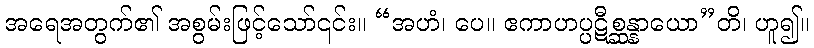
အရေအတွက်၏ အစွမ်းဖြင့်သော်၎င်း။ “အဟံ၊ ပေ။ ဧကာဟပ္ပဋီစ္ဆန္နာယော”တိ၊ ဟူ၍။